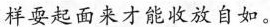
祥耍起面来才能收放自如。